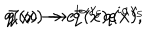
LaTeX: q ( x ) \rightarrow e ^ { i \alpha \gamma _ { 5 } } q ( x ) , \hspace { . 5 c m } \bar { q } ( x ) \rightarrow \bar { q } ( x ) e ^ { i \alpha \gamma _ { 5 } }